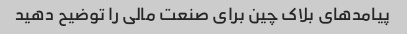
پیامدهای بلاک چین برای صنعت مالی را توضیح دهید